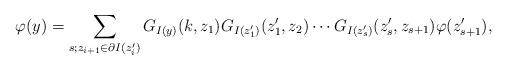
LaTeX: \begin{align*} \varphi(y)=\displaystyle\sum_{s ; z_{i+1}\in\partial I(z_i^\prime)}G_{I(y)}(k,z_1) G_{I(z_1^\prime)}(z_1^\prime,z_2)\cdots G_{I(z_s^\prime)}(z_s^\prime,z_{s+1})\varphi(z_{s+1}^\prime),\end{align*}